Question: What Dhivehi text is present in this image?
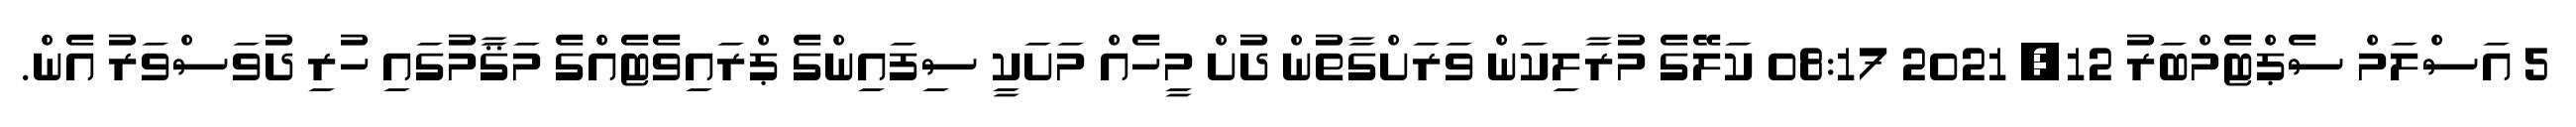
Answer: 5 އަސްލަމް ސެޕްޓެމްބަރު 12, 2021 08:17 ކަލޭގެ މުރާލިކަން ވަރަށްގާތުން ދުށް މީހެއް މަށަކީ ސިފައިންގެ ޕްރައިވެޓެއްގެ މަޤާމުގައި ހުރި ދުވަސްވަރު އެން.